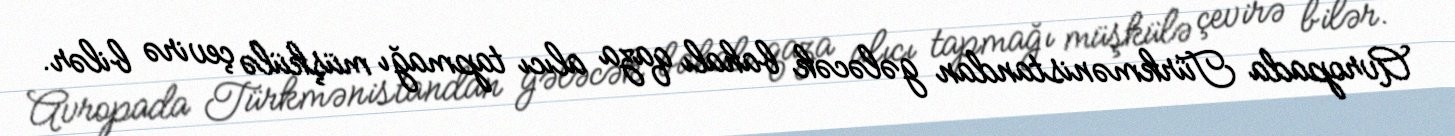
Avropada Türkmənistandan gələcək bahalı qaza alıcı tapmağı müşkülə çevirə bilər.